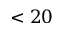
< 2 0